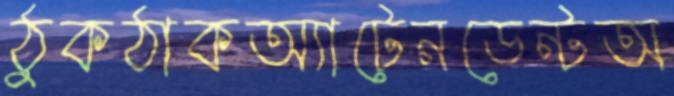
ঠুকঠাকঅ্যাটেনডেন্টঅ